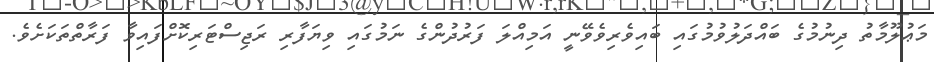
މަޢުލޫމާތު ދިނުމުގެ ބައްދަލުވުމުގައި ބައިވެރިވެވޭނީ އަމިއްލަ ފަރުދުންގެ ނަމުގައި ވިޔަފާރި ރަޖިސްޓަރިކޮށްފައިވާ ފަރާތްތަކަށެވެ.